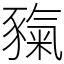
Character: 𧱲